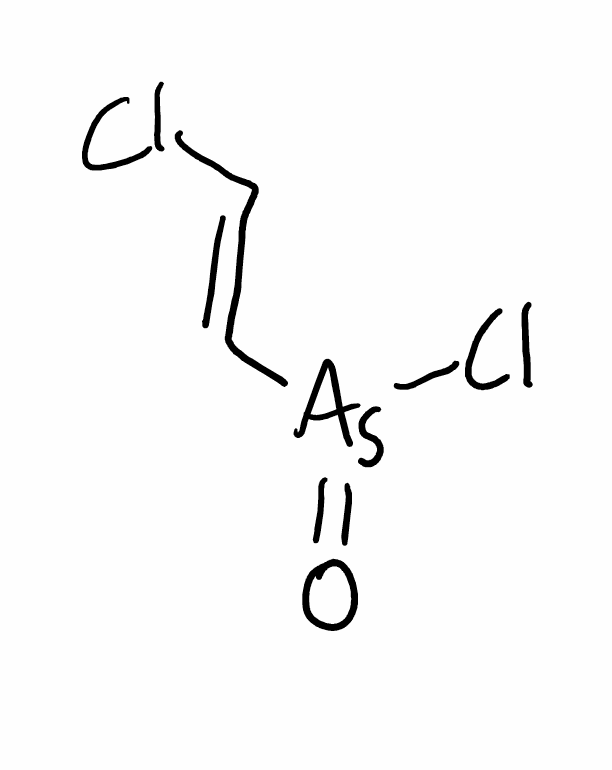
Simplified molecular-input line-entry system (SMILES) notation of the given molecule:
C(=C/[As](=O)Cl)\Cl